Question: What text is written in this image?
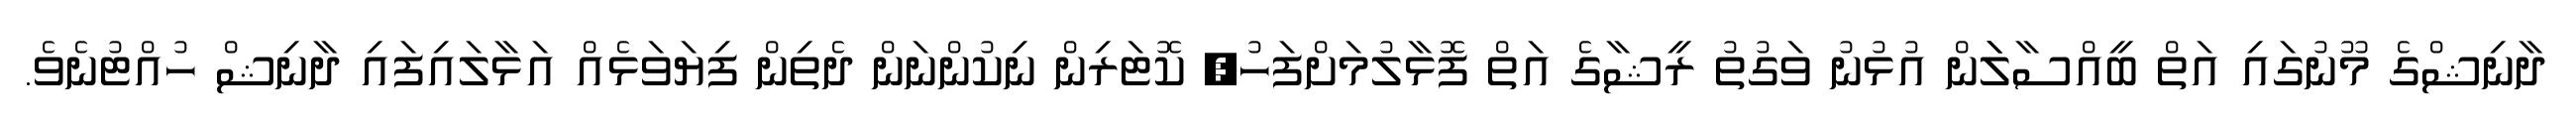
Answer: ދާނިޝްގެ މޫނުގައި އަތް ބީއްސާލަަން އުޅުނު ވަގުތު ރީޝާގެ އަތް ފޮޅާލުމަށްފަހު, ކޮޓަރިން ނިކުންނަން ދެތިން ފިޔަވަޅެއް އަޅާލައިފައި ދާނިޝް ހުއްޓުނެވެ.